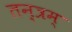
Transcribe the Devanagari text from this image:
तन्त्रम्